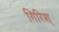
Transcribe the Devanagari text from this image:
गिरिश्